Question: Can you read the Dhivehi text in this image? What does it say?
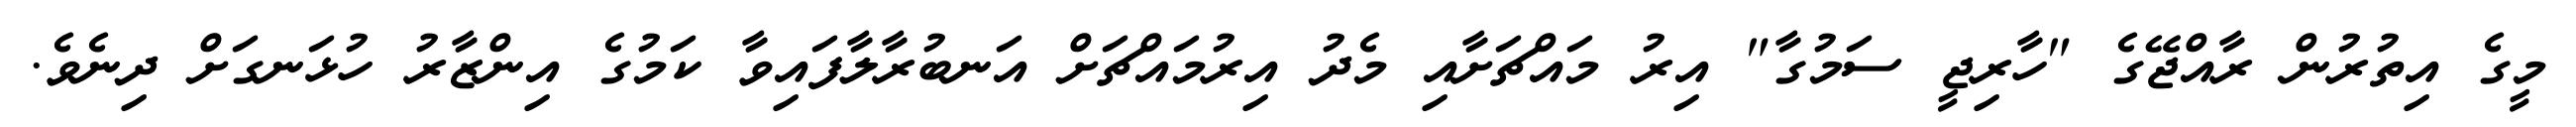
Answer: މީގެ އިތުރުން ރާއްޖޭގެ "ހާރިޖީ ސަމުގާ" އިރު މައްޗަށާއި މެދު އިރުމައްޗަށް އަނބުރާލާފައިވާ ކަމުގެ އިންޒާރު ހުޅަނގަށް ދިނެވެ.